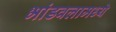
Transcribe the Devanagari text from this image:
भांडवलामध्ये